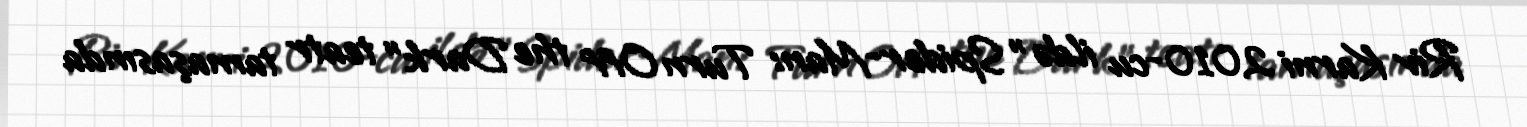
Riv Karni 2010-cu ildə "Spider-Man: Turn Off the Dark" teatr tamaşasında